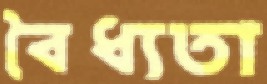
বৈধ্যতা